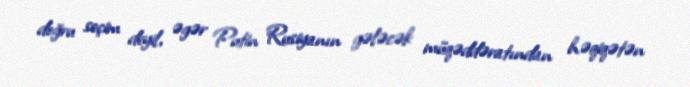
doğru seçim deyil, əgər Putin Rusiyanın gələcək müqəddəratından həqiqətən